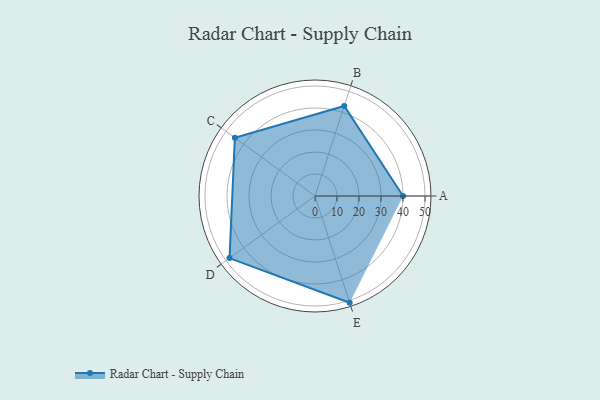
{"axis": {"x": "Skill", "y": "Score"}, "legend": ["Profile"], "data": [{"x": "A", "y": 40.0, "type": "Profile"}, {"x": "B", "y": 43.0, "type": "Profile"}, {"x": "C", "y": 45.0, "type": "Profile"}, {"x": "D", "y": 48.0, "type": "Profile"}, {"x": "E", "y": 51.0, "type": "Profile"}]}